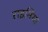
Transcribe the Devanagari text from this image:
राइनिया